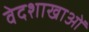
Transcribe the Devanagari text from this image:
वेदशाखाओं